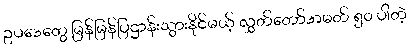
ဥပဒေတွေ မြန်မြန်ပြဌာန်းသွားနိုင်မယ့် လွှတ်တော်အမတ် ၅၀ ပါတဲ့